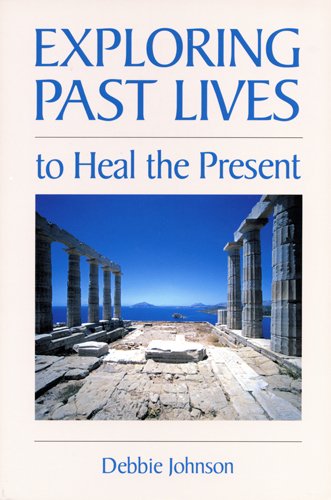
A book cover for Exploring Past Lives to Heal the Present; Debbie Johnson; Religion & Spirituality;